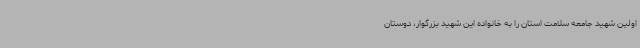
اولین شهید جامعه سلامت استان را به خانواده این شهید بزرگوار، دوستان